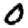
Digit: 0